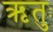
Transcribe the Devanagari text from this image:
ऋतुः